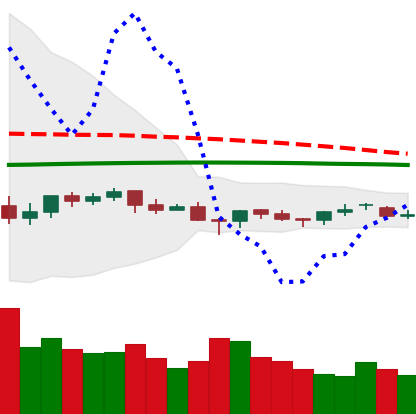
Ticker: LTC-USD
Chart end date: 2021-06-17
Forward return: -28.406%
Label: down_7plus